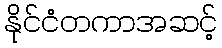
နိုင်ငံတကာအဆင့်